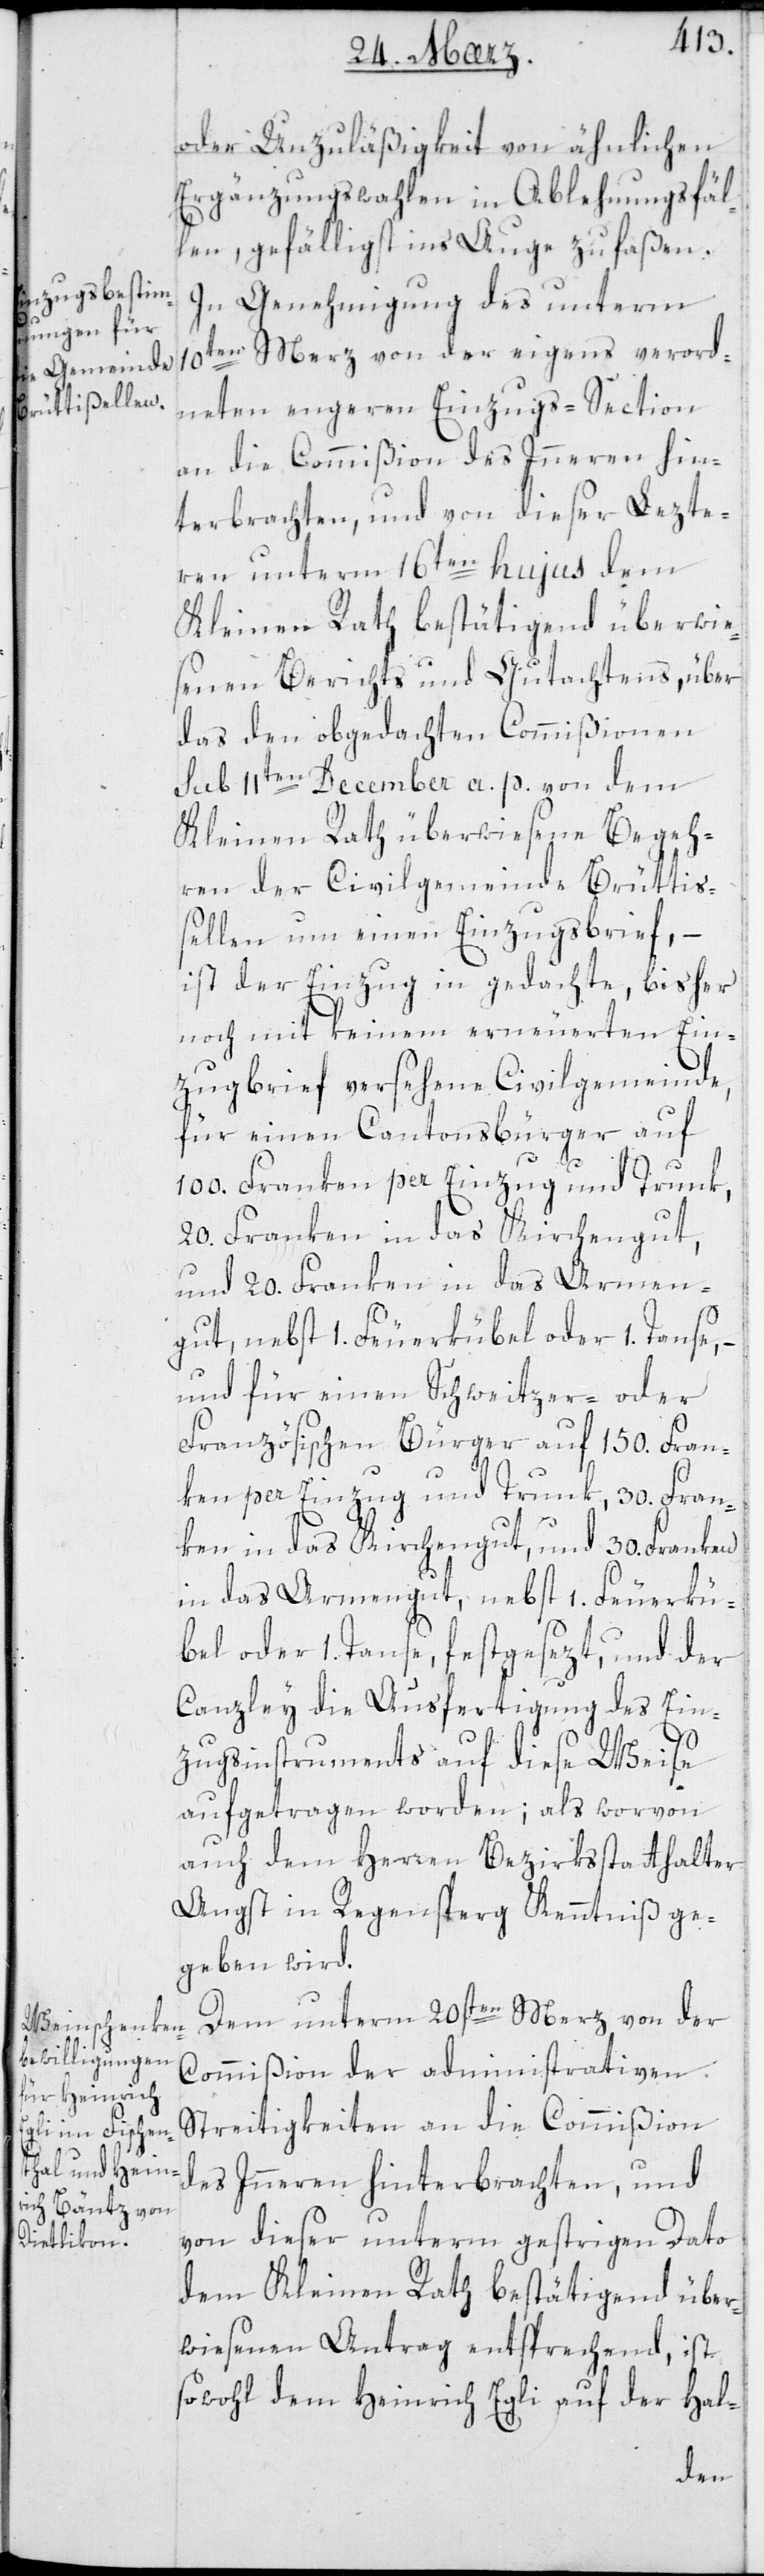
oder Unzuläßigkeit von ähnlichen
Ergänzungswahlen in Ablehnungsfäl¬
len, gefälligst ins Auge zu faßen.
In Genehmigung des unterm
10ten Merz von der eigens verord¬
neten engeren Einzugs-Section
an die Commißion des Innern hin¬
terbrachten, und von dieser Lezte¬
ren unterm 16ten hujus dem
Kleinen Rath bestätigend überwie¬
senen Berichts und Gutachtens, über
das den obgedachten Commißionen
sub 11ten December a. p. von dem
Kleinen Rath überwiesene Begeh¬
ren der Civilgemeinde Brüttis¬
sellen um einen Einzugsbrief, –
ist der Einzug in gedachte, bisher
noch mit keinem erneuerten Ein¬
zugbrief versehene Civilgemeinde,
für einen Cantonsbürger auf
100. Franken per Einzug und Trunk,
20. Franken in das Kirchengut,
und 20. Franken in das Armen¬
gut, nebst 1. Feuerkübel oder 1. Tanse,
und für einen Schweitzer- oder
Französischen Bürger auf 150. Fran¬
ken per Einzug und Trunk, 30. Fran¬
ken in das Kirchengut, und 30. Franken
in das Armengut, nebst 1. Feuerkü¬
bel oder 1. Tanse, festgesezt, und der
Canzley die Ausfertigung des Ein¬
zugsinstruments auf diese Weise
aufgetragen worden; als worvon
auch dem Herren Bezirksstatthalter
Angst in Regensperg Kenntniß ge¬
geben wird.
Dem unterm 20sten Merz von der
Commißion der administrativen
Streitigkeiten an die Commißion
des Innern hinterbrachten, und
von dieser unterm gestrigen Dato
dem Kleinen Rath bestätigend über¬
wiesenen Antrag entsprechend, ist
sowohl dem Heinrich Egli auf der Hal-